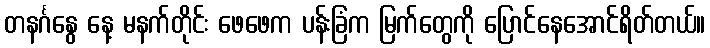
တနင်္ဂနွေ နေ့ မနက်တိုင်း ဖေဖေက ပန်းခြံက မြက်တွေကို ပြောင်နေအောင်ရိတ်တယ်။